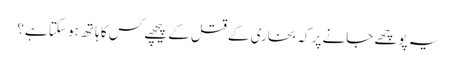
یہ پوچھے جانے پر کہ بخاری کے قتل کے پیچھے کس کا ہاتھ ہو سکتا ہے؟